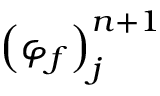
{ \left( \varphi _ { f } \right) } _ { j } ^ { n + 1 }